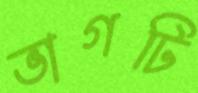
ভাগটি